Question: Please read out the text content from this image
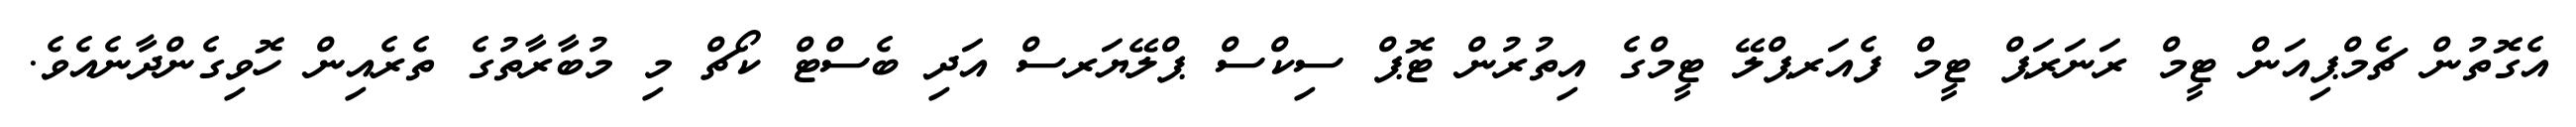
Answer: އެގޮތުން ޗެމްޕިއަން ޓީމް ރަނަރަޕް ޓީމް ފެއަރޕްލޭ ޓީމްގެ އިތުރުން ޓޮޕް ސިކްސް ޕްލޭޔަރސް އަދި ބެސްޓް ކޯޗް މި މުބާރާތުގެ ތެރެއިން ހޮވިގެންދާނެއެވެ.